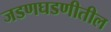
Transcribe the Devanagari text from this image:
जडणघडणीतील